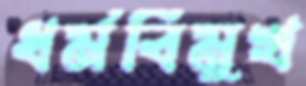
ধর্মবিমুখ